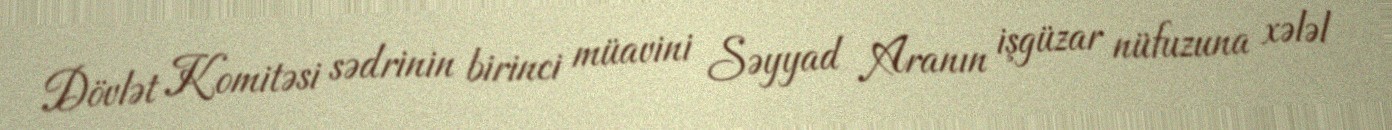
Dövlət Komitəsi sədrinin birinci müavini Səyyad Aranın işgüzar nüfuzuna xələl